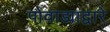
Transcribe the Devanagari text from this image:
पोवाड्याद्वारे